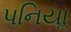
પનિયાૢ